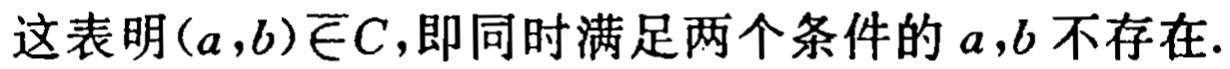
这表明\((a,b)\overline{\in}C\)，即同时满足两个条件的 \(a,b\) 不存在.